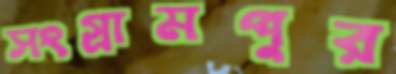
সংগ্রামপুর